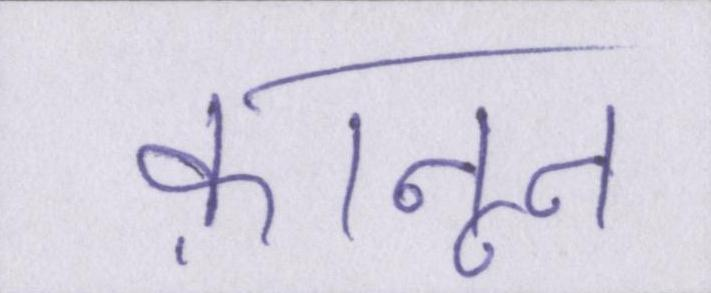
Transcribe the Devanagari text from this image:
क़ानून